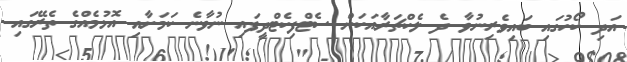
އަދި ކޯހުގައި ބައިވެރިނުވާ ދެ ލެކްޗަރާއަކަށް ސެޓްފިކެޓްދީފައި ނުވާނެ ކަމަށާއި އޮޅުމެއްގެ ތެރޭގައި